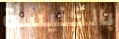
بالكنيسة